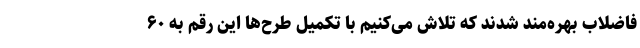
فاضلاب بهره‌مند شدند که تلاش می‌کنیم با تکمیل طرح‌ها این رقم به ۶۰